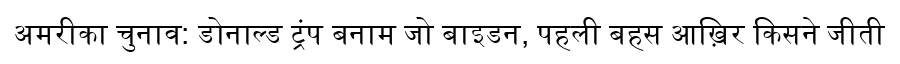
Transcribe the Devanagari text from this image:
अमरीका चुनाव: डोनाल्ड ट्रंप बनाम जो बाइडन, पहली बहस आख़िर किसने जीती